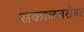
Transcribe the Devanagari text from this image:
सकाळबरोबर